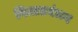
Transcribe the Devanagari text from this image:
वित्तप्रबंधन